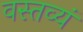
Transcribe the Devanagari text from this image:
वस्तव्यं